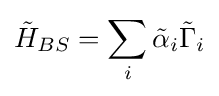
{\tilde {H}}_{BS}=\sum _{i}{\tilde {\alpha }}_{i}{\tilde {\Gamma }}_{i}